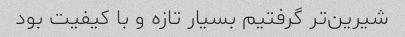
شیرین‌تر گرفتیم بسیار تازه و با کیفیت بود